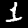
Label: 1